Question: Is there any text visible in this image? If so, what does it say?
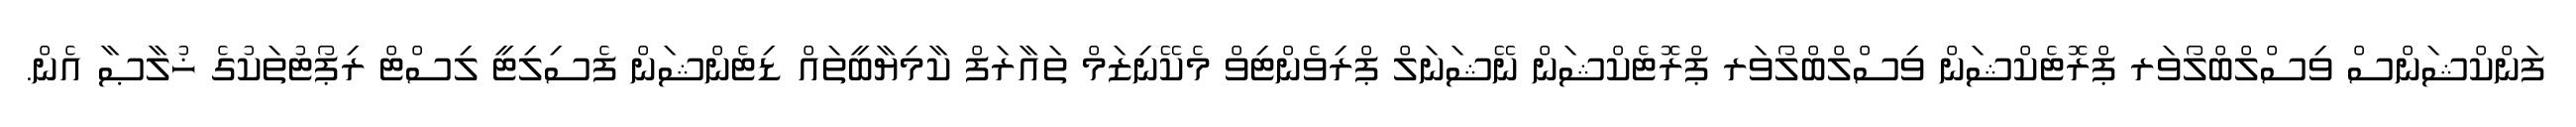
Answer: ފަންކްޝަންސް ވިސްލްބްލޯވަރ ޕްރޮޓެކްޝަން ވިސްލްބްލޯވަރ ޕްރޮޓެކްޝަން ނޭޝަނަލް ޕްރިވެންޓިވް މެކޭނިޒަމް ތައާރަފް ކާމިޔާބީތައް ޑިޓެންޝަން ފެސިލިޓީ ލިސްޓް ރިޕޯޓުތަކުގެ ޚުލާޞާ އެން.